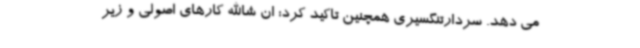
می دهد. سردارتنگسیری همچنین تاکید کرد: ان شاالله کارهای اصولی و زیر